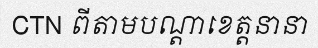
CTN ពីតាមបណ្តាខេត្តនានា